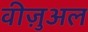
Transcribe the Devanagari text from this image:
वीज़ुअल